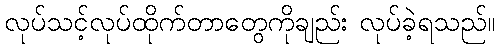
လုပ်သင့်လုပ်ထိုက်တာတွေကိုချည်း လုပ်ခဲ့ရသည်။